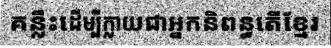
គន្លឹះដើម្បីក្លាយជាអ្នកនិពន្ធតើខ្មែរ